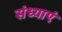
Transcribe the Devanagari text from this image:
संध्याएं